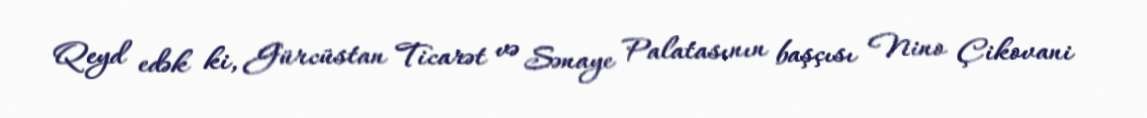
Qeyd edək ki, Gürcüstan Ticarət və Sənaye Palatasının başçısı Nino Çikovani